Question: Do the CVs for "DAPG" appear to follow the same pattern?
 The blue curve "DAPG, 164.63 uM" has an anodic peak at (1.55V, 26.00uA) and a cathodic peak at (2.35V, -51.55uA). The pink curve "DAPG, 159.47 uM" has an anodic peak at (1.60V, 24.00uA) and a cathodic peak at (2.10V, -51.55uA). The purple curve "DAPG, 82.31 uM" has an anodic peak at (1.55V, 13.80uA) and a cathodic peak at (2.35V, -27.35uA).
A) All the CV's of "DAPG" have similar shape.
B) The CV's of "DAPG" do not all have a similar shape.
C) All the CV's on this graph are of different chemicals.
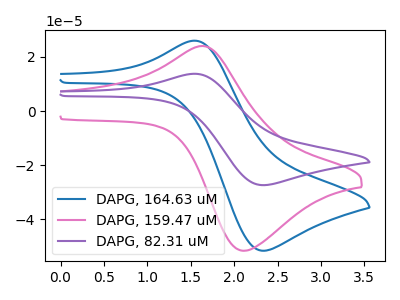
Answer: <think>"DAPG, 164.63 uM" and "DAPG, 159.47 uM" have at least one peak that do not match. All the peaks in "DAPG, 164.63 uM" have a peak in "DAPG, 82.31 uM" at the same potential. Every peak in "DAPG, 164.63 uM" is higher than every peak in "DAPG, 82.31 uM". "DAPG, 159.47 uM" and "DAPG, 82.31 uM" have at least one peak that do not match.
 </think>
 <answer>A) All the CV's of "DAPG" have similar shape.</answer>
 <eval>A</eval>